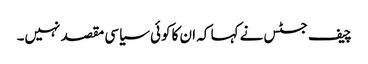
چیف جسٹس نے کہا کہ ان کا کوئی سیاسی مقصد نہیں۔